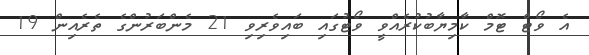
އެ ވޯޓް ޓޮމް ކާމިޔާބުކުރެއްވީ ވޯޓުގައި ބައިވެރިވި 21 މެންބަރުންގެ ތެރެއިން 19